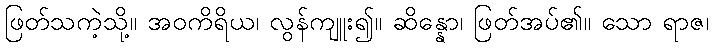
ဖြတ်သကဲ့သို့။ အဝကိရိယ၊ လွန်ကျူး၍။ ဆိန္နော၊ ဖြတ်အပ်၏။ သော ရာဇ၊